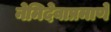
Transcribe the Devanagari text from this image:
नेमिदेवाप्रमाणे